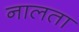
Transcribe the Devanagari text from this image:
नालता